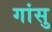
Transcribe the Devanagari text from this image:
गांसु